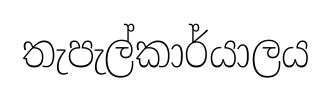
තැපැල්කාර්යාලය